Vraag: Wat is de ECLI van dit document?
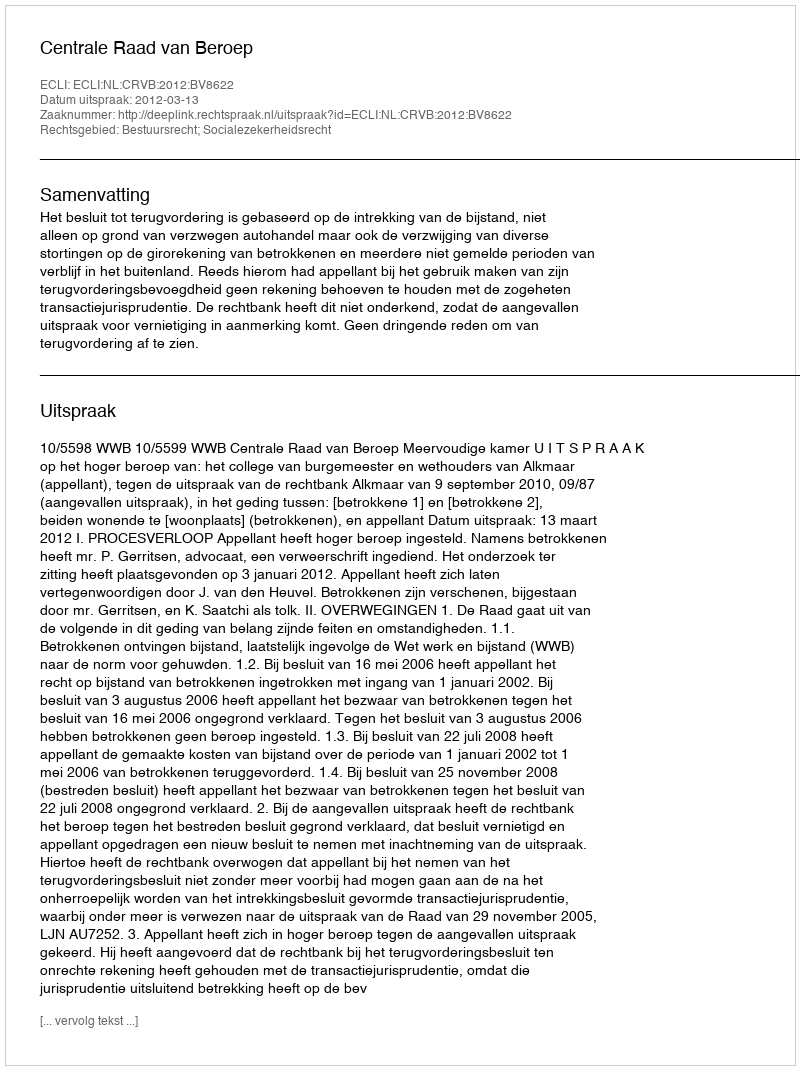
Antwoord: ECLI:NL:CRVB:2012:BV8622